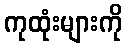
ကုထုံးများကို